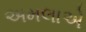
અમલાએ